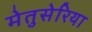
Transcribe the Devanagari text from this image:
मेतुसेरिया